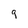
Character: 9